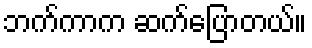
ဘက်ကာက ဆက်ပြောတယ်။